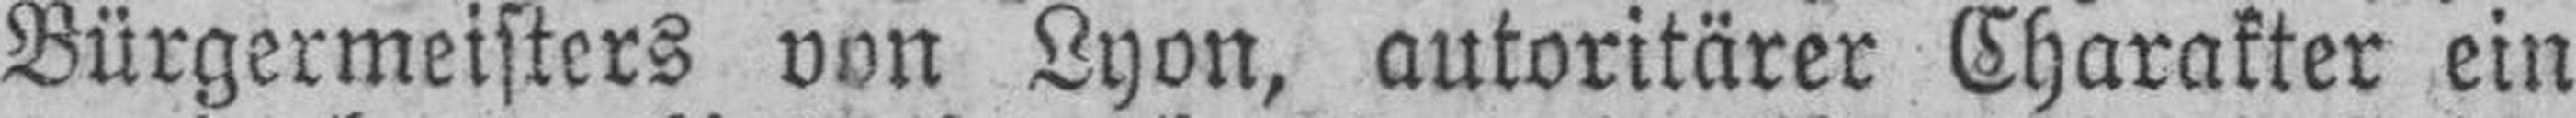
Bürgermeisters von Lyon, autoritärer Charakter ein